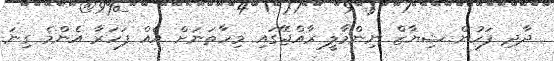
ދާދި ފަހުން ޝިޔާޒް ނިންމާލީ ރާއްޖޭގައި މިހާތަނަށް އެއް ފަހަރާ އެންމެ ގިނަ